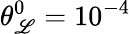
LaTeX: \theta_{\mathscr{L}}^{0}={{10}^{-4}}